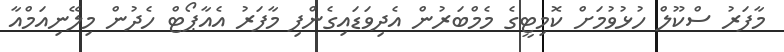
މާފަރު ސްކޫލް ހުޅުވުމަށް ކޮމިޓީގެ މެމްބަރުން އެދިވަޑައިގެންފި މާފަރު އެއާޕޯޓް ހެދުން މިލޭނިއަމްއާ